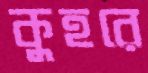
কুহরে